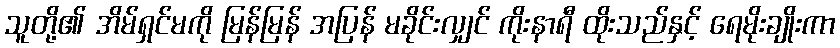
သူတို့၏ အိမ်ရှင်မကို မြန်မြန် အပြန် မခိုင်းလျှင် ကိုးနာရီ ထိုးသည်နှင့် ရေမိုးချိုးကာ